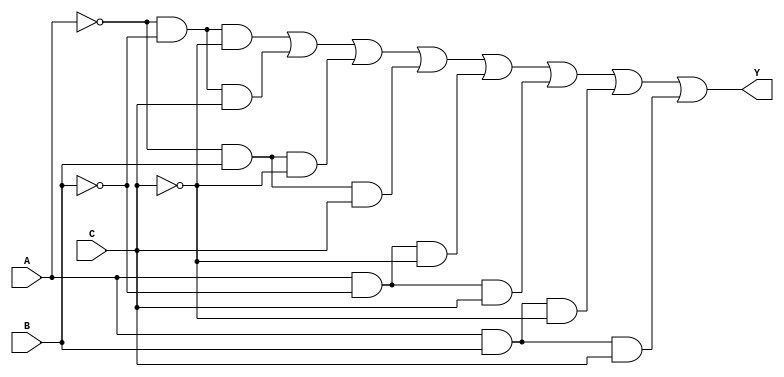
module three_variable_kmap (
    input wire A,  // Input variable A
    input wire B,  // Input variable B
    input wire C,  // Input variable C
    output wire Y  // Output variable Y
);

// K-map implementation
// The output Y is derived from the minterms that are set to '1' based on the K-map
assign Y = ( (~A & ~B & ~C) |  // Y0
             (~A & ~B &  C) |  // Y1
             (~A &  B & ~C) |  // Y2
             (~A &  B &  C) |  // Y3
             ( A & ~B & ~C) |  // Y4
             ( A & ~B &  C) |  // Y5
             ( A &  B & ~C) |  // Y6
             ( A &  B &  C) ); // Y7

endmodule